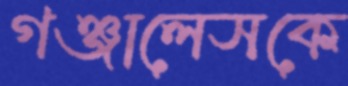
গঞ্জালেসকে